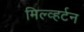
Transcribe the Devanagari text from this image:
मिल्व्हर्टन